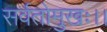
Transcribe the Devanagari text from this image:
सर्वतोमुखः।।